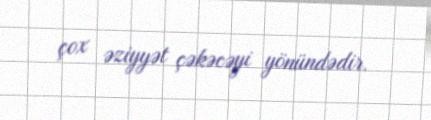
çox əziyyət çəkəcəyi yönündədir.